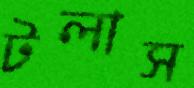
টলাস